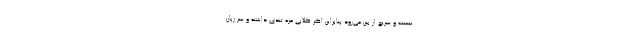
نیست و سریع از بین می‌رود بنابراین اگر گلابی مزه تندی داشته و سر زبان